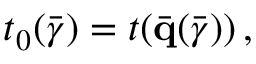
t _ { 0 } ( \bar { \boldsymbol { \gamma } } ) = t ( \bar { \bf q } ( \bar { \boldsymbol { \gamma } } ) ) \, ,